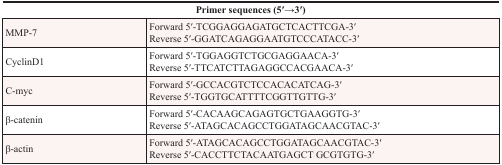
|  | Primer sequences (5′→3′) |
 | --- | --- |
 | MMP-7 | Forward 5′-TCGGAGGAGATGCTCACTTCGA-3′Reverse 5′-GGATCAGAGGAATGTCCCATACC-3′ |
 | CyclinD1 | Forward 5′-TGGAGGTCTGCGAGGAACA-3′Reverse 5′-TTCATCTTAGAGGCCACGAACA-3′ |
 | C-myc | Forward 5′-GCCACGTCTCCACACATCAG-3′Reverse 5′-TGGTGCATTTTCGGTTGTTG-3′ |
 | β-catenin | Forward 5′-CACAAGCAGAGTGCTGAAGGTG-3′Reverse 5′-ATAGCACAGCCTGGATAGCAACGTAC-3′ |
 | β-actin | Forward 5′-ATAGCACAGCCTGGATAGCAACGTAC-3′Reverse 5′-CACCTTCTACAATGAGCT GCGTGTG-3′ |